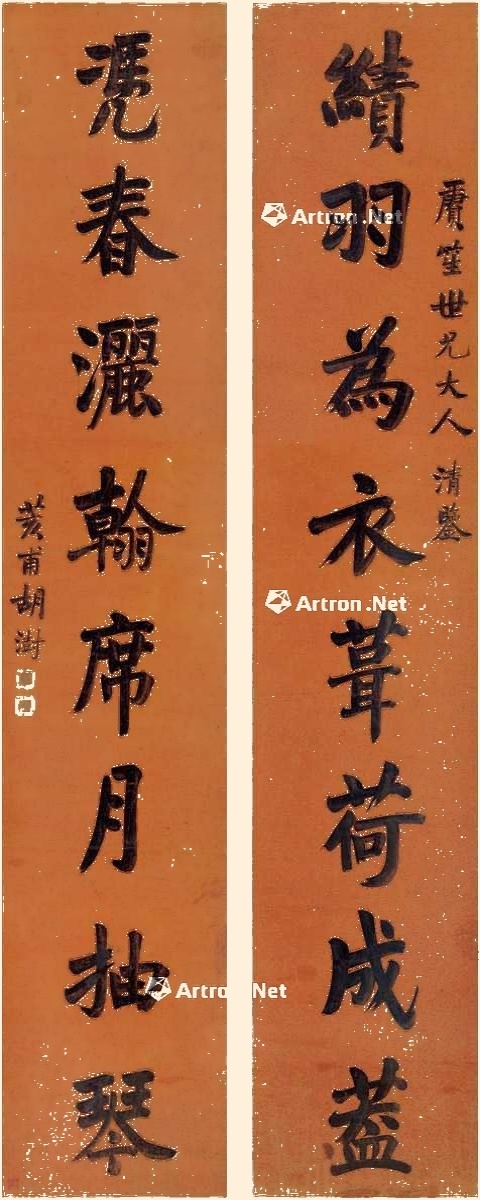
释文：绩羽为衣葺荷成盖，凴春洒翰席月抽琴。赓笙世兄大人清鉴，荄甫胡澍。